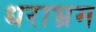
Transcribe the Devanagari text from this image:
धराभ्रम